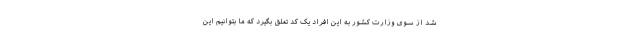
شد از سوی وزارت کشور به این افراد یک کد تعلق بگیرد که ما بتوانیم این